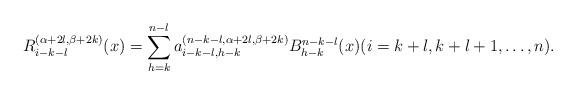
LaTeX: \begin{align*}R_{i-k-l}^{(\alpha+2l,\beta+2k)}(x) = \sum_{h=k}^{n-l}a_{i-k-l,h-k}^{(n-k-l,\alpha+2l,\beta+2k)}B_{h-k}^{n-k-l}(x) (i=k+l,k+l+1,\ldots,n).\end{align*}